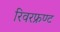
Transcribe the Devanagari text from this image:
रिवरफ्रण्ट